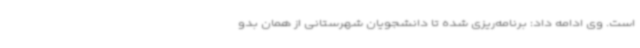
است. وی ادامه داد: برنامه‌ریزی شده تا دانشجویان شهرستانی از همان بدو